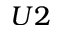
U 2